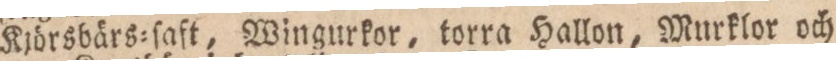
Kjörsbärs=ſaft, Wingurkor, torra Hallon, Murklor och